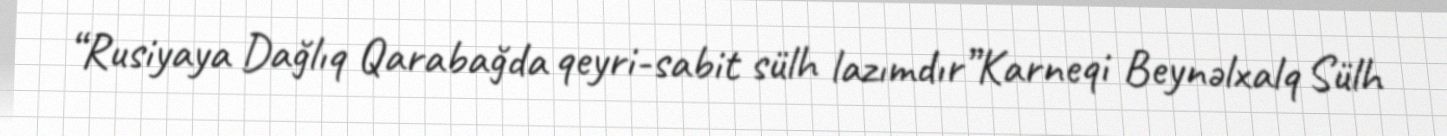
“Rusiyaya Dağlıq Qarabağda qeyri-sabit sülh lazımdır”Karneqi Beynəlxalq Sülh